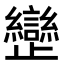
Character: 𣦱